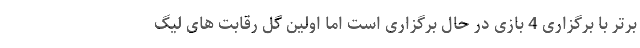
برتر با برگزاری 4 بازی در حال برگزاری است اما اولین گل رقابت های لیگ